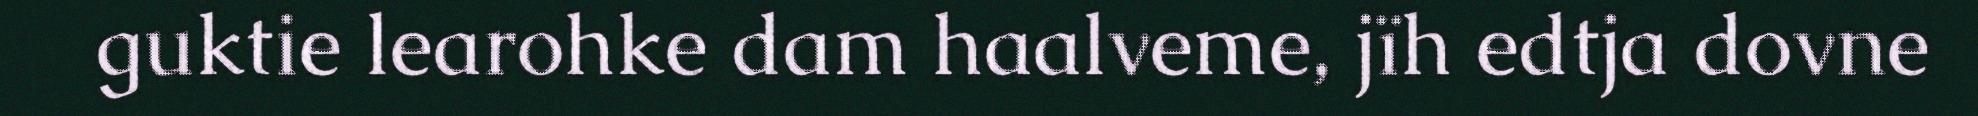
guktie learohke dam haalveme, jïh edtja dovne